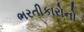
ભરતીકારોનો